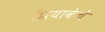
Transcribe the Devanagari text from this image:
झियाकेचे